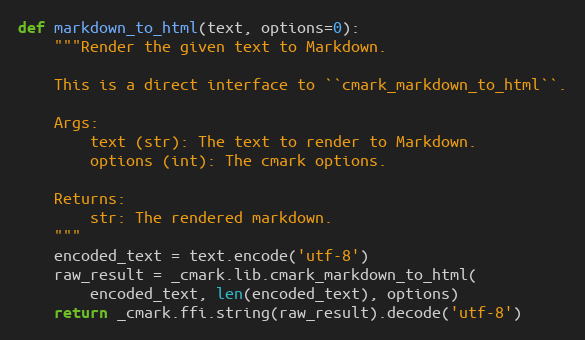
Language: Python
def markdown_to_html(text, options=0):
    """Render the given text to Markdown.

    This is a direct interface to ``cmark_markdown_to_html``.

    Args:
        text (str): The text to render to Markdown.
        options (int): The cmark options.

    Returns:
        str: The rendered markdown.
    """
    encoded_text = text.encode('utf-8')
    raw_result = _cmark.lib.cmark_markdown_to_html(
        encoded_text, len(encoded_text), options)
    return _cmark.ffi.string(raw_result).decode('utf-8')